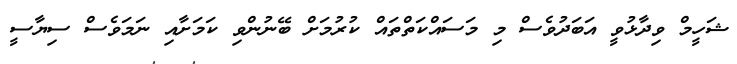
ޝަހީމް ވިދާޅުވީ އަބަދުވެސް މި މަސައްކަތްތައް ކުރުމަށް ބޭނުންވި ކަމަށާއި ނަމަވެސް ސިޔާސީ